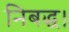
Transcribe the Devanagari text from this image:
निबद्ध।